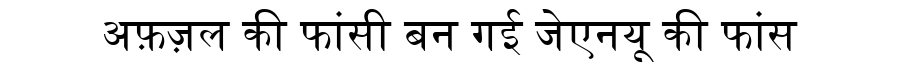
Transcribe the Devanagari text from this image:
अफ़ज़ल की फांसी बन गई जेएनयू की फांस